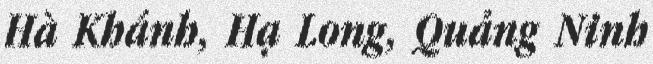
Hà Khánh, Hạ Long, Quảng Ninh